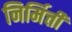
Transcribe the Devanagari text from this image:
निर्मित्ती